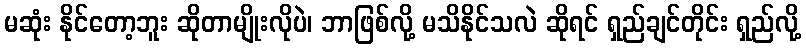
မဆုံး နိုင်တော့ဘူး ဆိုတာမျိုးလိုပဲ၊ ဘာဖြစ်လို့ မသိနိုင်သလဲ ဆိုရင် ရှည်ချင်တိုင်း ရှည်လို့